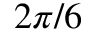
2 \pi / 6